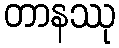
တာနဿု